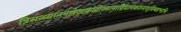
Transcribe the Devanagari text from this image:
त्रिसन्ध्यानमल्लेखकोटीरनानाविधानेकरत्नांशुबिम्बप्रभाभिः